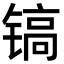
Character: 镐